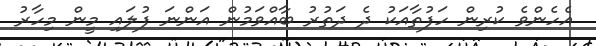
އެހެންވެ ކުރިން ހަފުތާއަކު ދެ ދަތުރު ބާއްވަމުން އަންނަ ފުލައި މީން މިހާރު